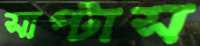
সাপ্‌টাস